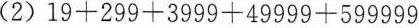
(2)$$1 9 + 2 9 9 + 3 9 9 9 + 4 9 9 9 9 + 5 9 9 9 9 9$$